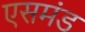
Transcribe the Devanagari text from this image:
एसमंड